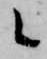
候